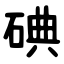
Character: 碘